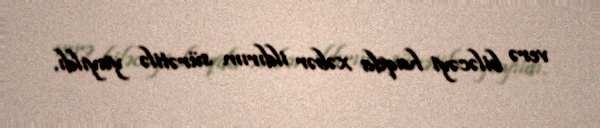
verə biləcəyi haqda xəbər ildırım sürətilə yayıldı.